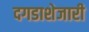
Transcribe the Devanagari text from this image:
दगडाशेजारी